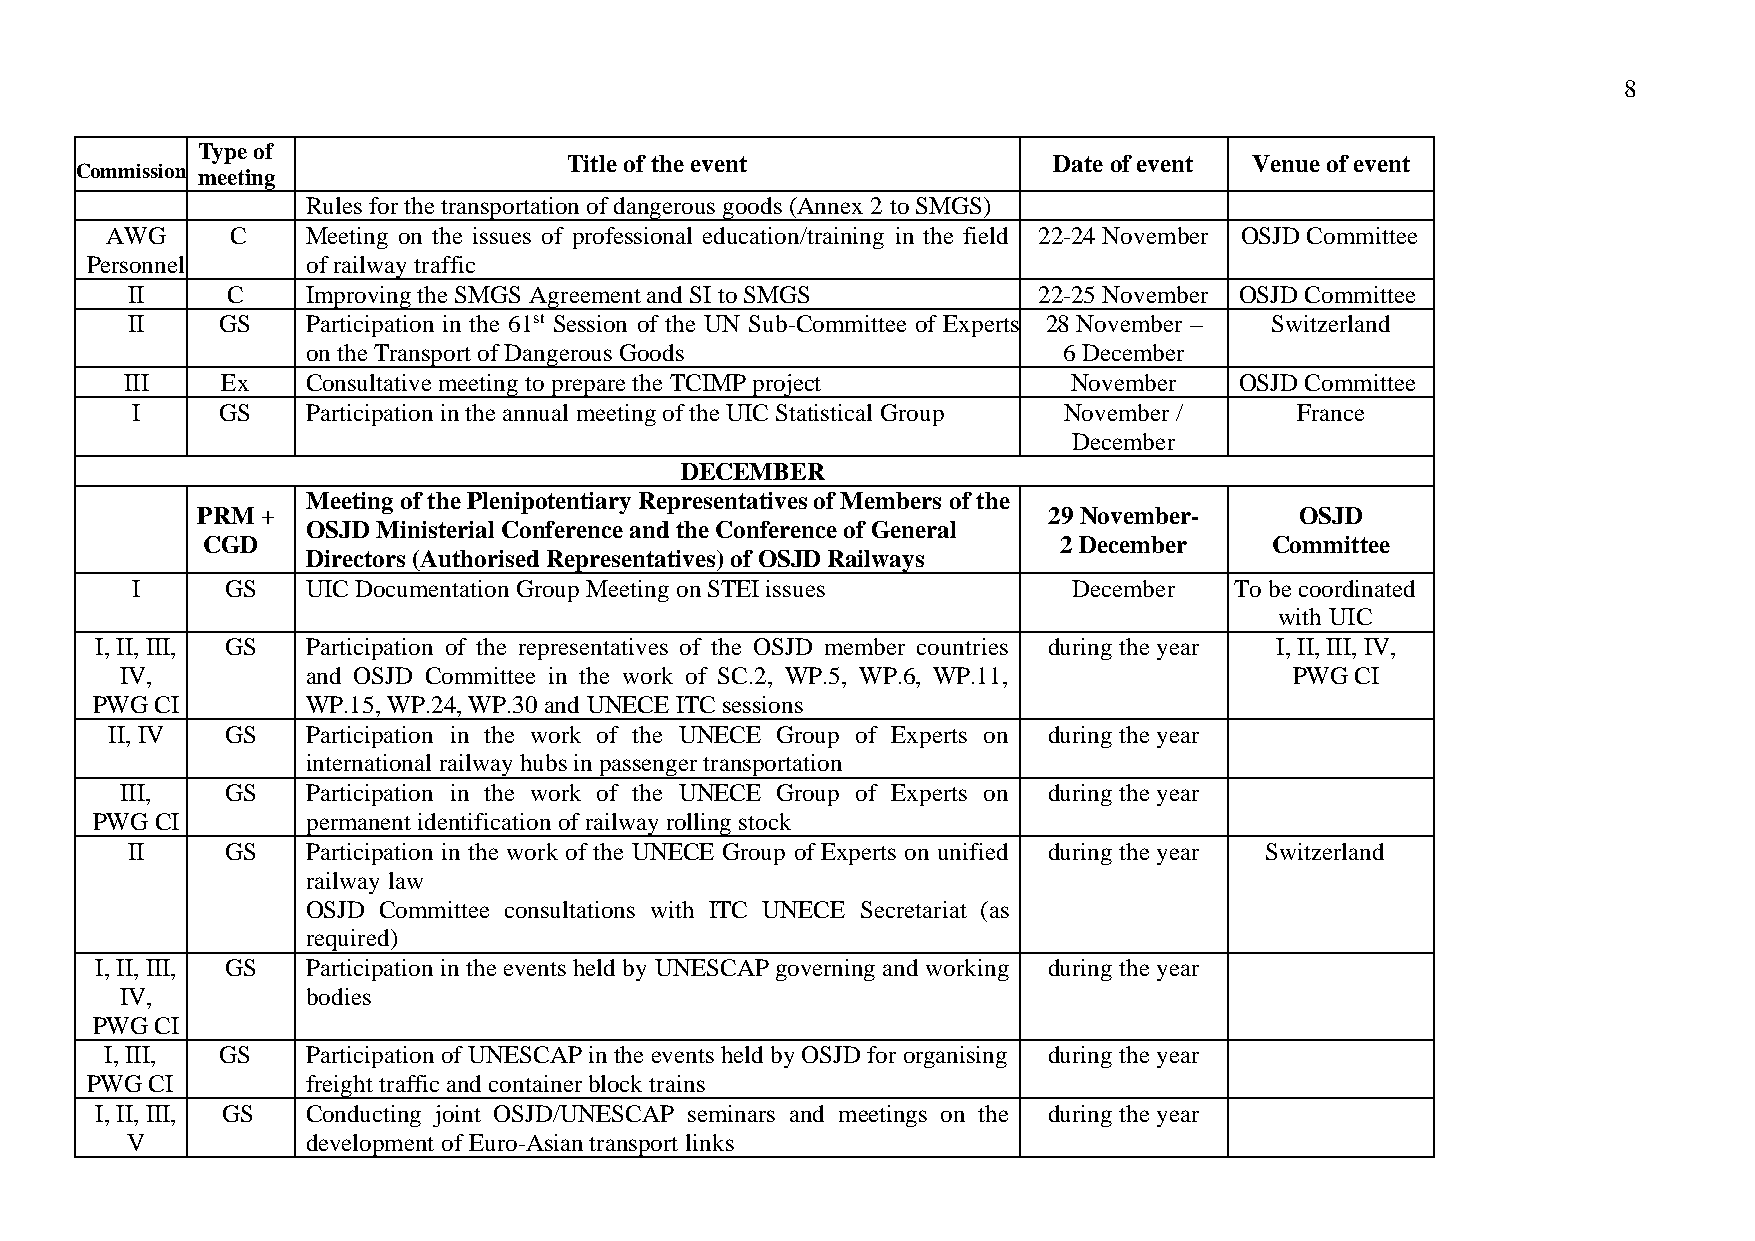
8
 Type of
 Commission meeting
 Title of the event              Date of event Venue of event
 Rules for the transportation of dangerous goods (Annex 2 to SMGS)
 AWG     C    Meeting on the issues of professional education/training in the field 22-24 November OSJD Committee
 Personnel     of railway traffic
 II     C    Improving the SMGS Agreement and SI to SMGS      22-25 November OSJD Committee
 II     GS   Participation in the 61st Session of the UN Sub-Committee of Experts 28 November – Switzerland
 on the Transport of Dangerous Goods               6 December
 III    Ex   Consultative meeting to prepare the TCIMP project  November   OSJD Committee
 I     GS   Participation in the annual meeting of the UIC Statistical Group November / France
 December
 DECEMBER
 Meeting of the Plenipotentiary Representatives of Members of the
 PRM +                                                   29 November-     OSJD
 OSJD Ministerial Conference and the Conference of General
 CGD                                                      2 December    Committee
 Directors (Authorised Representatives) of OSJD Railways
 I     GS   UIC Documentation Group Meeting on STEI issues     December   To be coordinated
 with UIC
 I, II, III, GS Participation of the representatives of the OSJD member countries during the year I, II, III, IV,
 IV,         and OSJD Committee in the work of SC.2, WP.5, WP.6, WP.11,        PWG CI
 PWG CI        WP.15, WP.24, WP.30 and UNECE ITC sessions
 II, IV  GS   Participation in the work of the UNECE Group of Experts on during the year
 international railway hubs in passenger transportation
 III,   GS   Participation in the work of the UNECE Group of Experts on during the year
 PWG CI        permanent identification of railway rolling stock
 II     GS   Participation in the work of the UNECE Group of Experts on unified during the year Switzerland
 railway law
 OSJD Committee consultations with ITC UNECE Secretariat (as
 required)
 I, II, III, GS Participation in the events held by UNESCAP governing and working during the year
 IV,         bodies
 PWG CI
 I, III, GS   Participation of UNESCAP in the events held by OSJD for organising during the year
 PWG CI        freight traffic and container block trains
 I, II, III, GS Conducting joint OSJD/UNESCAP seminars and meetings on the during the year
 V           development of Euro-Asian transport links